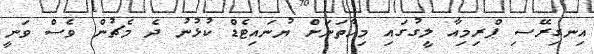
އިނގިރޭސި ޕްރިމިއާ ލީގުގައި މިހާތަނަށް ޔުނައިޓެޑް ކުޅުނު ދެ މެޗުން ވެސް ވަނީ